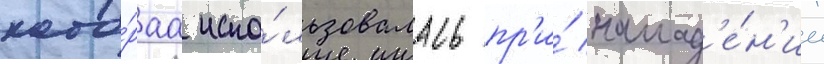
кото́раа испо́льзовалась пр'и́ напад'е́н'ии